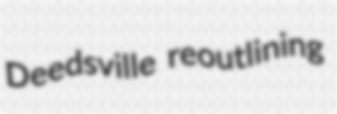
Deedsville reoutlining